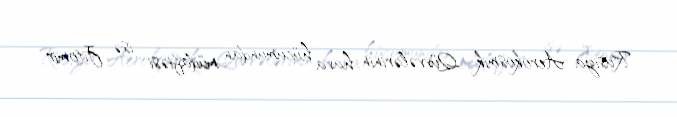
Rusiya Aerokosmik Qüvvələrinin hava hücumundan müdafiəsi isə Jitomir